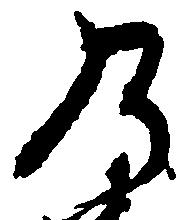
乃